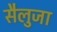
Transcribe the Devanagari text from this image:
सैलुजा